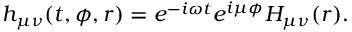
h _ { \mu \nu } ( t , \phi , r ) = e ^ { - i \omega t } e ^ { i \mu \phi } H _ { \mu \nu } ( r ) .